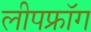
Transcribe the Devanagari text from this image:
लीपफ्रॉग